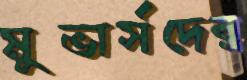
মুভার্সদের